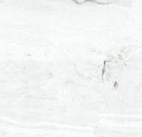
جسر رئيسي